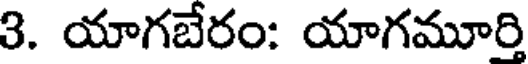
3. యాగబేరం: యాగమూర్తి